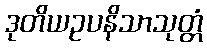
ဒုတိယဥပနိသာသုတ္တံ